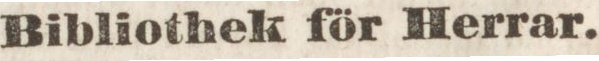
Bibliothek för Herrar.